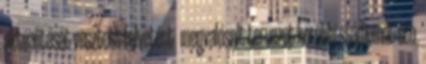
aktualitását vesztett felvetést megvalósult tervezet korábbi stádiumát stb.